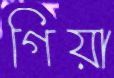
গিয়া